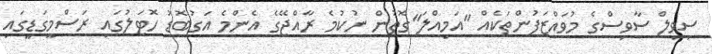
ސިވިލް ސާވިސްގެ މުވައްޒަފުންތަކެއް "އަމިއްލަ"ގޮތުން ނުކުމެ ރާއްޖޭގެ އެންމެ އަގުބޮޑު ހޮޓަލުގައި ރަސްމީގަޑީގައި